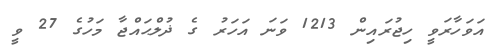
އަވަހާރަވީ ހިޖުރައިން 1213 ވަނަ އަހަރު ގެ ޛުލްޙައްޖާ މަހުގެ 27 ވީ